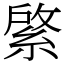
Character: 綮